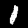
Label: 1